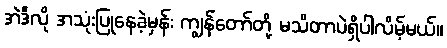
အဲဒီလို အသုံးပြုနေခဲ့မှန်း ကျွန်တော်တို့ မသိတာပဲရှိပါလိမ့်မယ်။